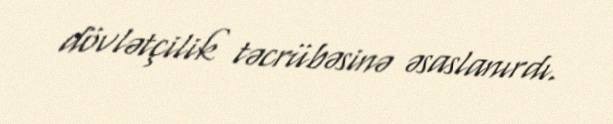
dövlətçilik təcrübəsinə əsaslanırdı.